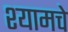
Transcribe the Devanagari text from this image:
श्यामचे